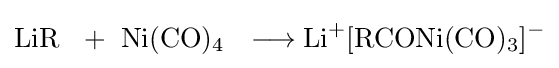
{\mathrm {LiR} ~\ {}+{}\ \mathrm {Ni} (\mathrm {CO} ){\vphantom {A}}_{\smash[{t}]{4}}~\ \longrightarrow \mathrm {Li} {\vphantom {A}}^{+}[\mathrm {RCONi} (\mathrm {CO} ){\vphantom {A}}_{\smash[{t}]{3}}]{\vphantom {A}}^{-}}